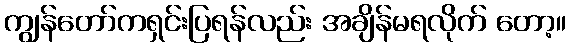
ကျွန်တော်ကရှင်းပြရန်လည်း အချိန်မရလိုက် တော့။